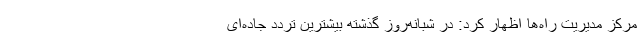
مرکز مدیریت راه‌ها اظهار کرد: در شبانه‌روز گذشته بیشترین تردد جاده‌ای